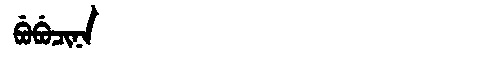
Manchu: ᠪᡠᠪᡠᠴᡳᠨᠠ
Romanization: BUBUCINA